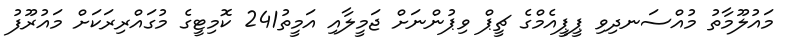
މައުލޫމާތު މުއްސަނދިވި ޕީޕީއެމްގެ ޗީޕް ވިޕުންނަށް ޖަމީލާއި އަމީތު241 ކޮމިޓީގެ މުގައްރިރަކަށް މައުރޫފު